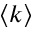
⟨ k ⟩